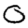
Digit: 0